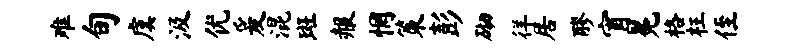
难旬虞汲优爰混斑赧惘策彭砌徉居醪宵冕格枉侄